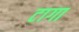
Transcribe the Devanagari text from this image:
टागा